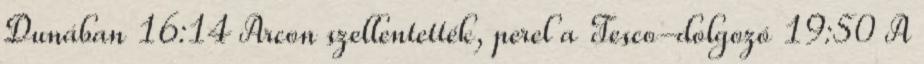
Dunában 16:14 Arcon szellentették, perel a Tesco-dolgozó 19:50 A